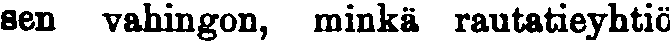
sen vahingon, minkä rautatieyhtiö